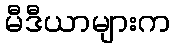
မီဒီယာများက